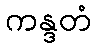
ကန္ဒတံ